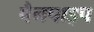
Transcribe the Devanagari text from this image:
पैनपाइप